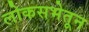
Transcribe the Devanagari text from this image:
लोकसभेतून